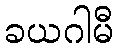
ခယဂါမီ